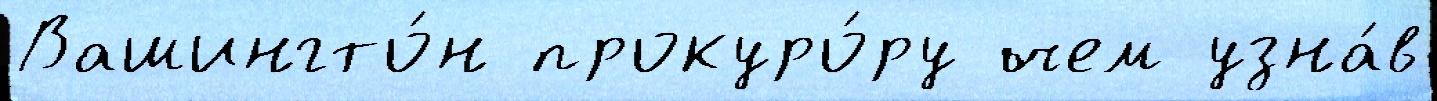
Вашингто́н прокуро́ру чем узна́в